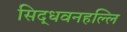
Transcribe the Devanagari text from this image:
सिद्धवनहल्लि